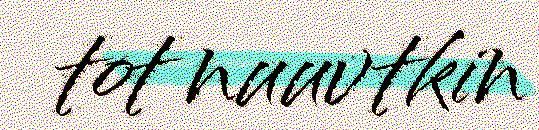
tot nuuvtkin